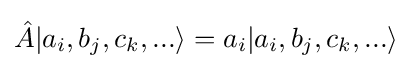
{\hat {A}}|a_{i},b_{j},c_{k},...\rangle =a_{i}|a_{i},b_{j},c_{k},...\rangle